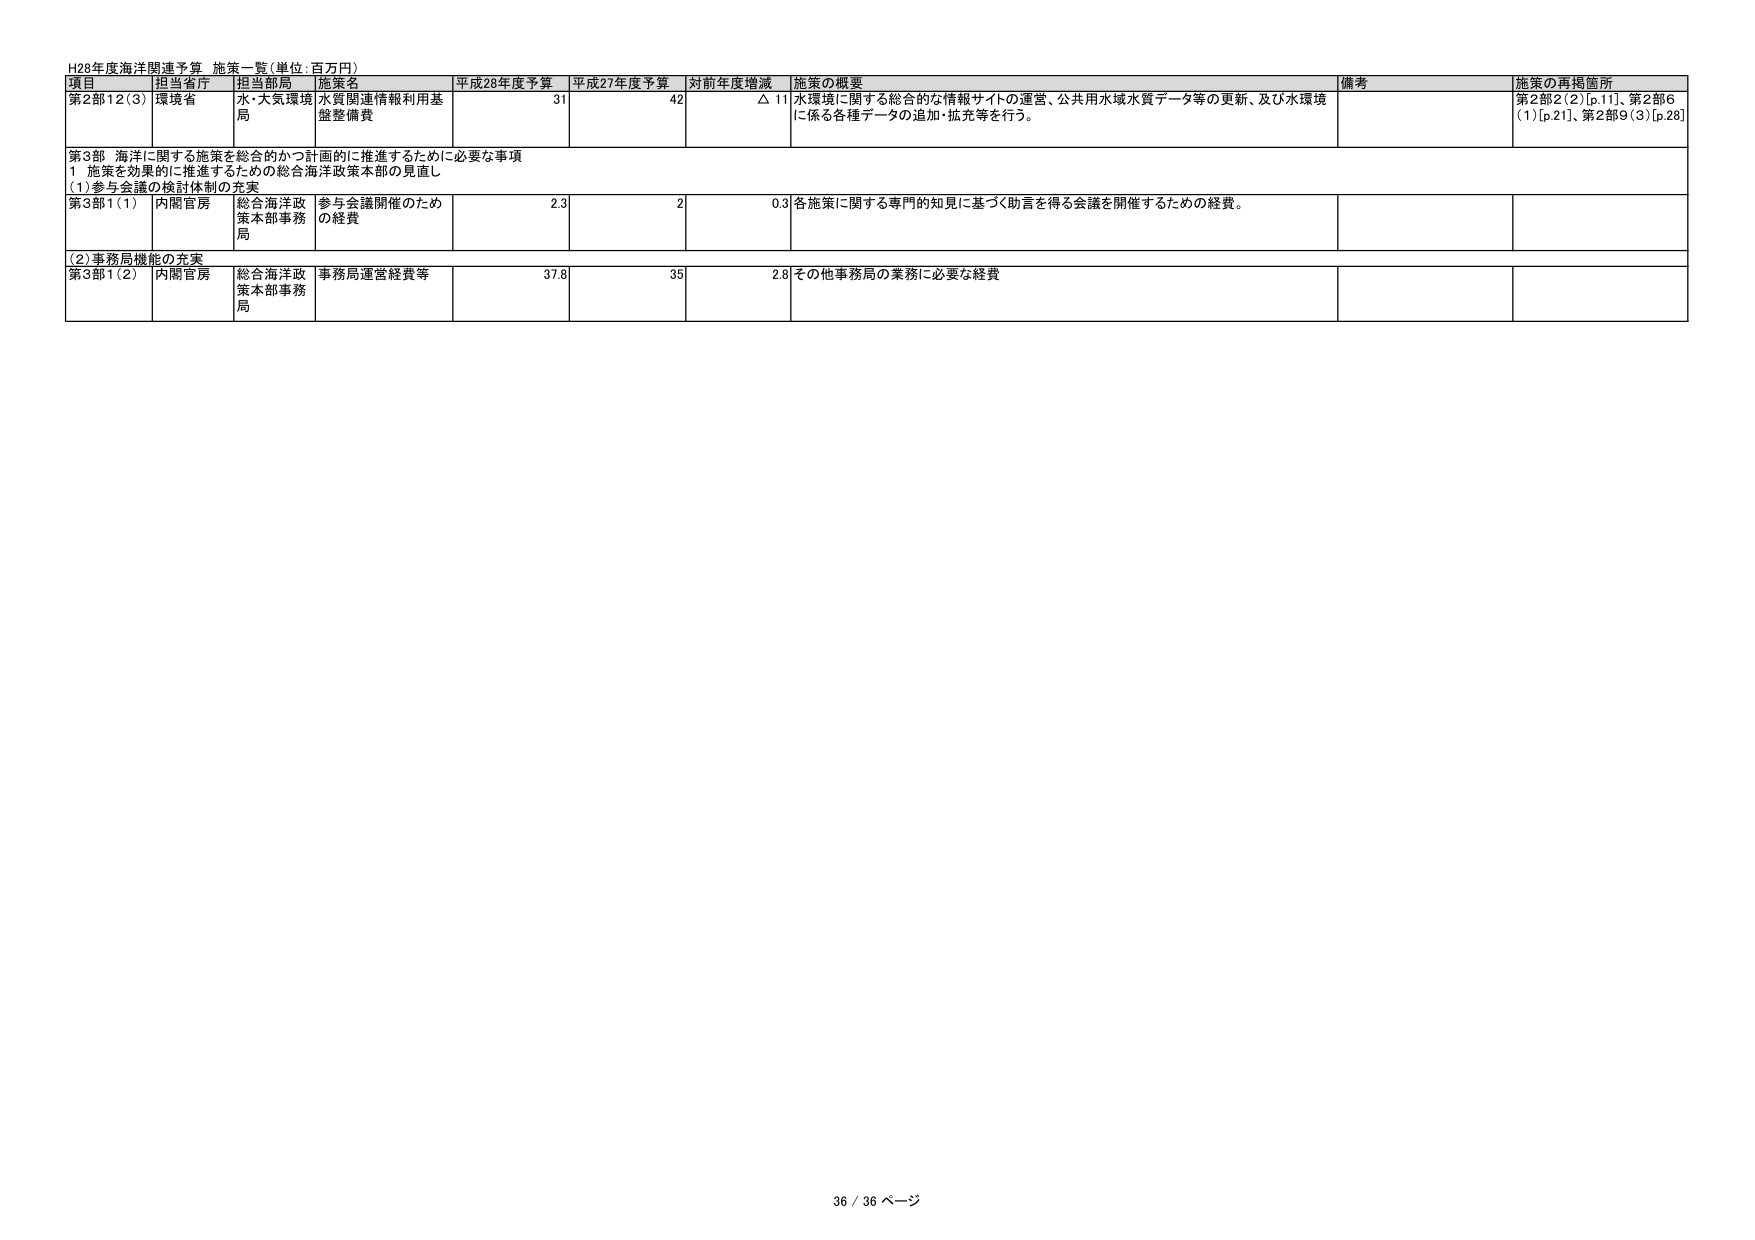
H28年度海洋関連予算 施策一覧（単位：百万円）

項目 担当省庁 担当部局 施策名 平成28年度予算 平成27年度予算 対前年度増減 施策の概要 備考 施策の再掲箇所

第2部12（3） 環境省 水・大気環境局 水質関連情報利用基盤整備費 31 42 △11 水環境に関する総合的な情報サイトの運営、公共用水域水質データ等の更新、及び水環境に係る各種データの追加・拡充等を行う。 第2部2（2）[p.11]、第2部6（1）[p.21]、第2部9（3）[p.28]

第3部 海洋に関する施策を総合的かつ計画的に推進するために必要な事項
1 施策を効果的に推進するための総合海洋政策本部の見直し
（1）参与会議の検討体制の充実

第3部1（1） 内閣官房 総合海洋政策本部事務局 参与会議開催のための経費 2.3 2 0.3 各施策に関する専門的知見に基づく助言を得る会議を開催するための経費。

（2）事務局機能の充実

第3部1（2） 内閣官房 総合海洋政策本部事務局 事務局運営経費等 37.8 35 2.8 その他事務局の業務に必要な経費

36 / 36 ページ